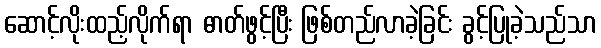
ဆောင့်လိုးထည့်လိုက်ရာ ဓာတ်ဖွင့်ပြီး ဖြစ်တည်လာခဲ့ခြင်း ခွင့်ပြုခဲ့သည်သာ